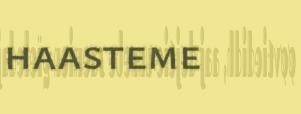
haasteme